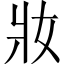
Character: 妝